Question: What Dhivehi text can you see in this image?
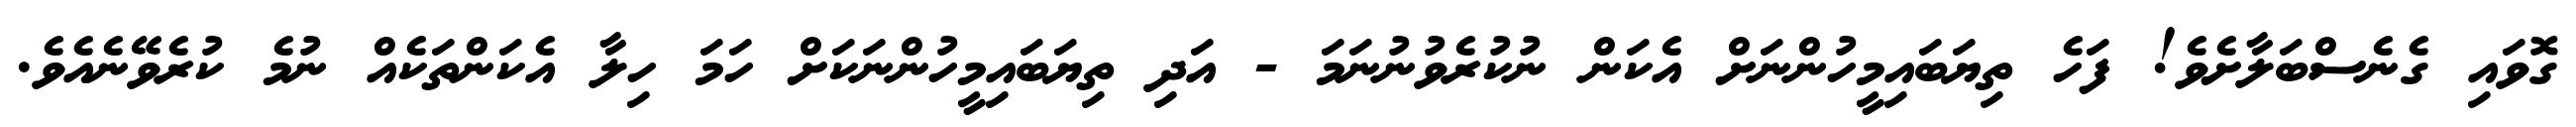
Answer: ގޮވައި ގެނެސްބަލާށެވެ! ފަހެ ތިޔަބައިމީހުންނަށް އެކަން ނުކުރެވުނުނަމަ - އަދި ތިޔަބައިމީހުންނަކަށް ހަމަ ހިލާ އެކަންތަކެއް ނުމެ ކުރެވޭނެއެވެ.